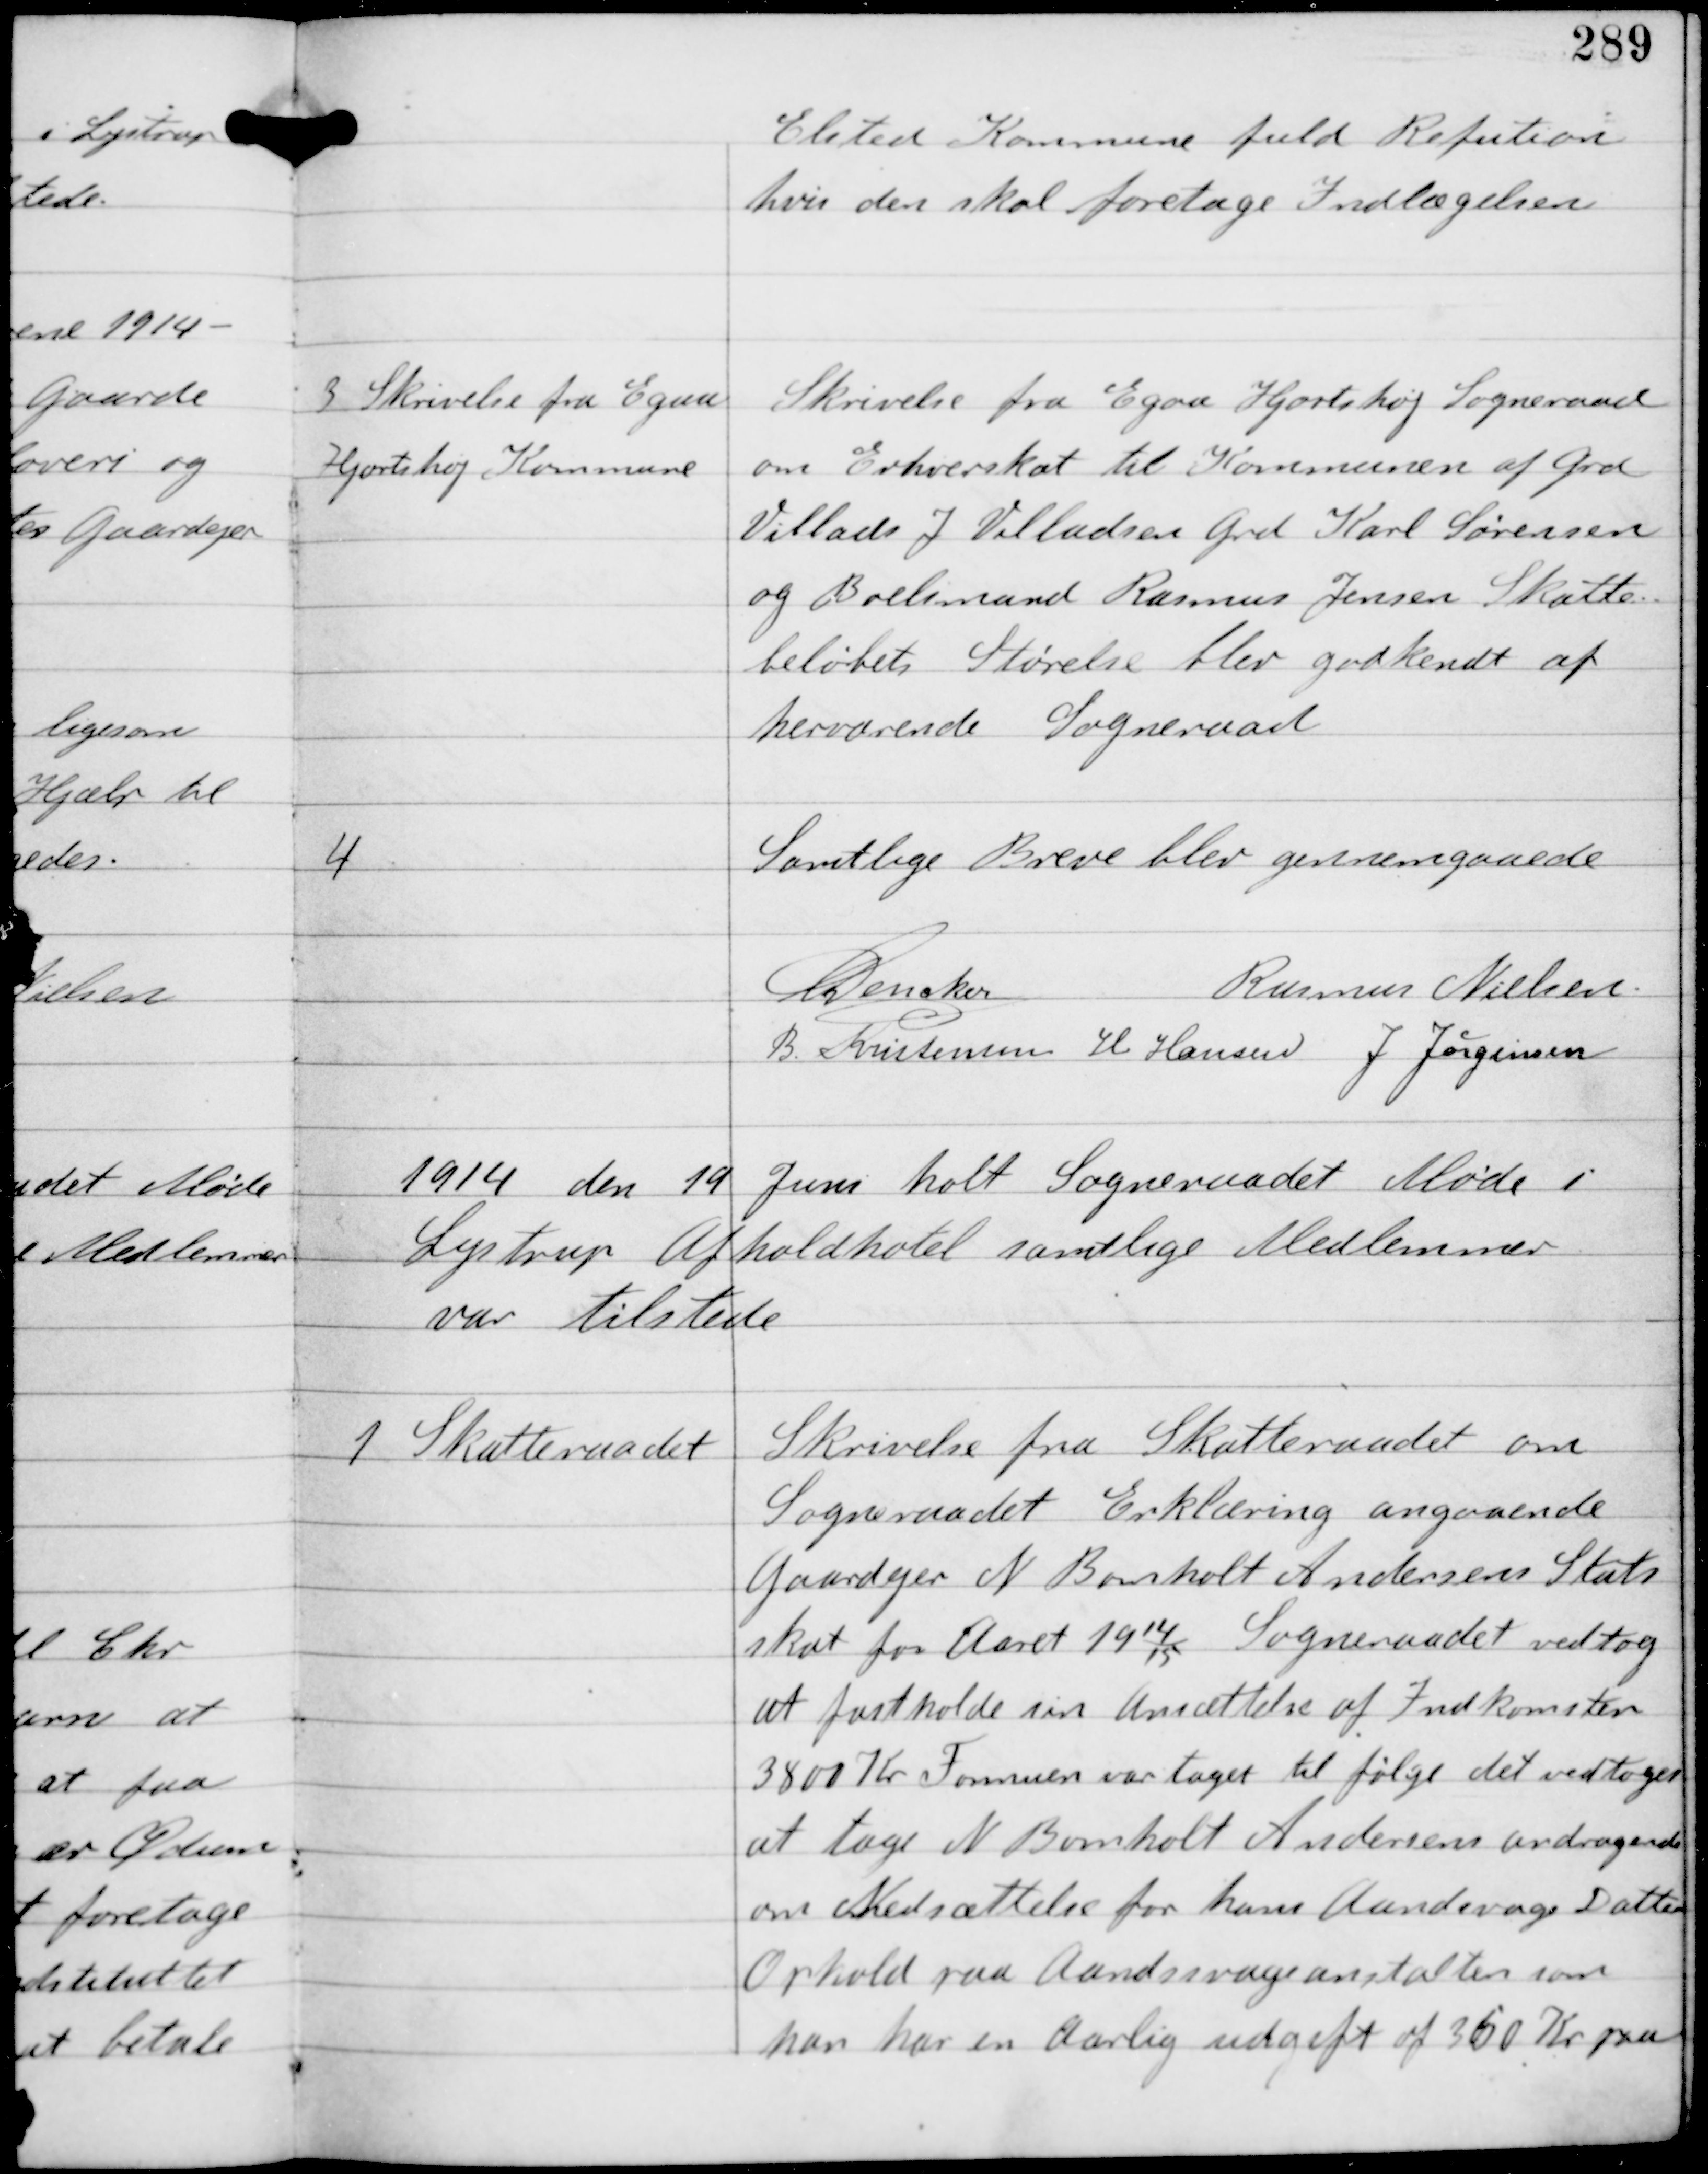
Transskription:
Elsted Kommune fuld Refution
hvis den skal foretage Indlæggelsen

3
Skrivelse fra Egaa
Hjortshøj Kommune

Skrivelse fra Egaa Hjortshøj Sogneraad
om Erhvervsskat til Kommunen af Gdr
Villads J Villadsens Gdr Karl Sørensen
og Boelsmand Rasmus Jensen Skatte-
beløbets Størrelse blev godkendt af
herværende Sogneraad

4

Samtlige Breve blev gennemgaaede

C Dencker
Rasmus Nielsen
B Kristensen H Hansen J Jørgensen

1914 den 19 Juni holdt Sogneraadet Møde i
Lystrup Afholdshotel samtlige Medlemmer
var tilstede

1

Skatteraadet

Skrivelse fra Skatteraadet om
Sogneraadet Erklæring angaaende
Gaardejer N Bomholt Andersens Stats
skat for Aaret 19
14
15
Sogneraadet vedtog
at fastholde sin Ansættelse af Indkomsten
3800 Kr Formuen var taget til følge det vedtoges
at tage N Bomholt Andersens andragende
om Nedsættelse for hans Aandsvage Datters
Ophold paa Aandsvageanstalten som
han har en Aarlig udgift af 360 Kr paa.